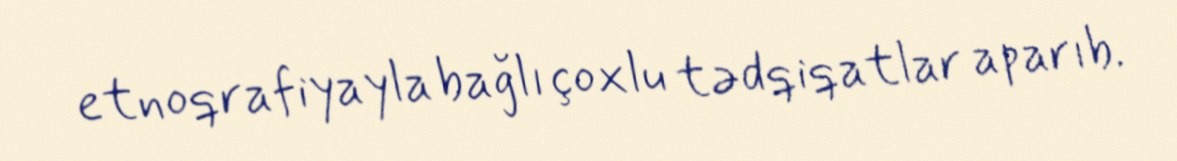
etnoqrafiyayla bağlı çoxlu tədqiqatlar aparıb.